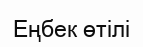
Еңбек өтілі